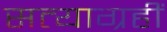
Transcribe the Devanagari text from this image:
सत्याग्रहीं